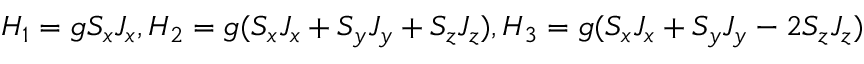
H _ { 1 } = g S _ { x } J _ { x } , H _ { 2 } = g ( S _ { x } J _ { x } + S _ { y } J _ { y } + S _ { z } J _ { z } ) , H _ { 3 } = g ( S _ { x } J _ { x } + S _ { y } J _ { y } - 2 S _ { z } J _ { z } )